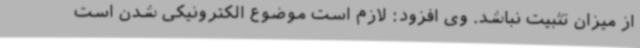
از میزان تثبیت نباشد. وی افزود: لازم است موضوع الکترونیکی شدن است